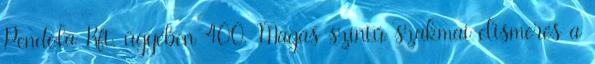
Pendola Kft. ügyében 400. Magas szintű szakmai elismerés a